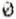
0